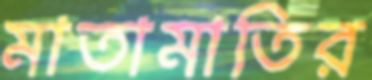
মাতামাতির